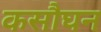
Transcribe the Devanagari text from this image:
कसौघन